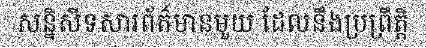
សន្និសីទសារព័ត៌មានមួយ ដែលនឹងប្រព្រឹត្តិ